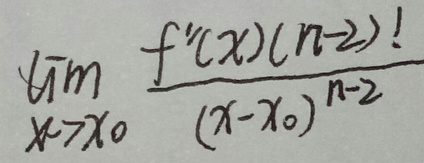
\[
\lim_{x \to x_0} \frac{f'(x)(n - 2)!}{(x - x_0)^{n - 2}}
\]